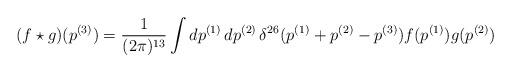
LaTeX: \begin{align*}(f \star g) (p^{(3)}) =\frac{1}{ (2 \pi)^{13}} \int dp^{(1)}\, dp^{(2)}\,\delta^{26} (p^{(1)} + p^{(2)} - p^{(3)}) f (p^{(1)}) g (p^{(2)})\end{align*}